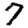
Digit: 7